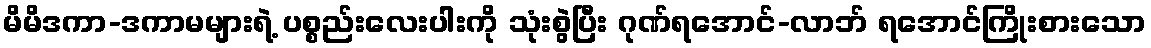
မိမိဒကာ-ဒကာမများရဲ့ ပစ္စည်းလေးပါးကို သုံးစွဲပြီး ဂုဏ်ရအောင်-လာဘ် ရအောင်ကြိုးစားသော